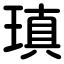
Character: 瑱